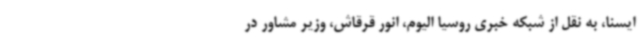
ایسنا، به نقل از شبکه خبری روسیا الیوم، انور قرقاش، وزیر مشاور در